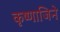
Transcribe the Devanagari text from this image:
कृष्णाजिने